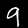
Digit: 9